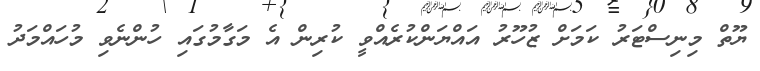
ޔޫތް މިނިސްޓަރު ކަަމަށް ޒުހޫރު އައްޔަންކުރެއްވީ ކުރިން އެ މަގާމުގައި ހުންނެވި މުހައްމަދު